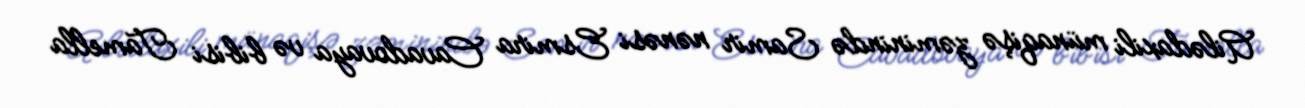
Ailədaxili münaqişə zəminində Samir nənəsi Esmira Cavadovaya və bibisi Tamella